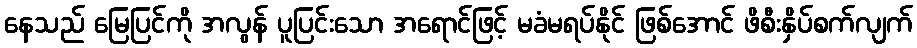
နေသည် မြေပြင်ကို အလွန် ပူပြင်းသော အရောင်ဖြင့် မခံမရပ်နိုင် ဖြစ်အောင် ဖိစီးနှိပ်စက်လျက်